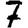
Digit: 7